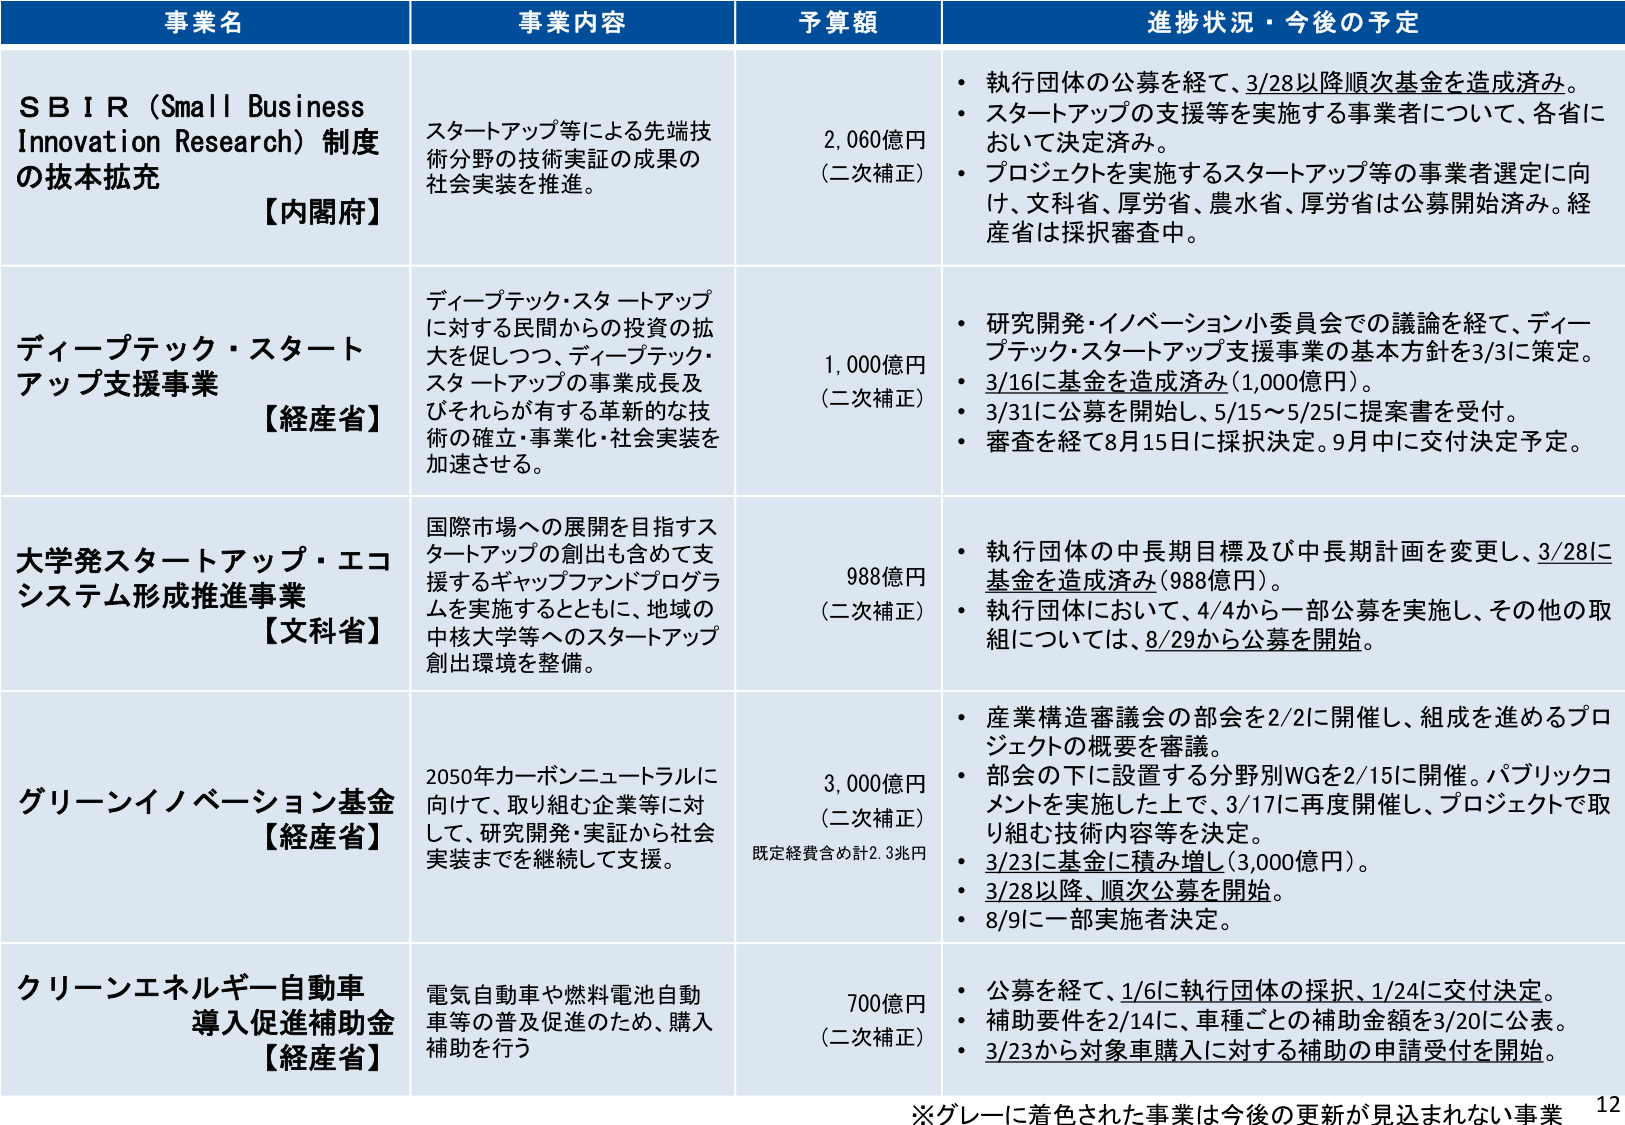
事業名 事業内容 予算額 進捗状況・今後の予定
ＳＢＩＲ（Small Business Innovation Research）制度 の抜本拡充 【内閣府】 スタートアップ等による先端技術分野の技術実証の成果の社会実装を推進。 2,060億円 （二次補正） ・執行団体の公募を経て、3/28以降順次基金を造成済み。 ・スタートアップの支援等を実施する事業者について、各省において決定済み。 ・プロジェクトを実施するスタートアップ等の事業者選定に向け、文科省、厚労省、農水省、厚労省は公募開始済み。経産省は採択審査中。
ディープテック・スタートアップ支援事業 【経産省】 ディープテック・スタートアップに対する民間からの投資の拡大を促しつつ、ディープテック・スタートアップの事業成長及びそれらが有する革新的な技術の確立・事業化・社会実装を加速させる。 1,000億円 （二次補正） ・研究開発・イノベーション小委員会での議論を経て、ディープテック・スタートアップ支援事業の基本方針を3/3に策定。 ・3/16に基⾦を造成済み（1,000億円）。 ・3/31に公募を開始し、5/15～5/25に提案書を受付。 ・審査を経て8月15日に採択決定。9月中に交付決定予定。
大学発スタートアップ・エコシステム形成推進事業 【文科省】 国際市場への展開を目指すスタートアップの創出も含めて支援するギャップファンドプログラムを実施するとともに、地域の中核大学等へのスタートアップ創出環境を整備。 988億円 （二次補正） ・執行団体の中長期目標及び中長期計画を変更し、3/28に基金を造成済み（988億円）。 ・執行団体において、4/4から一部公募を実施し、その他の取組については、8/29から公募を開始。
グリーンイノベーション基金 【経産省】 2050年カーボンニュートラルに向けて、取り組む企業等に対して、研究開発・実証から社会実装までを継続して支援。 3,000億円 （二次補正） 既定経費含め計2.3兆円 ・産業構造審議会の部会を2/2に開催し、組成を進めるプロジェクトの概要を審議。 ・部会の下に設置する分野別WGを2/15に開催。パブリックコメントを実施した上で、3/17に再度開催し、プロジェクトで取り組む技術内容等を決定。 ・3/23に基金に積み増し（3,000億円）。 ・3/28以降、順次公募を開始。 ・8/9に一部実施者決定。
クリーンエネルギー自動車導入促進補助金 【経産省】 電気自動車や燃料電池自動車等の普及促進のため、購入補助を行う 700億円 （二次補正） ・公募を経て、1/6に執行団体の採択、1/24に交付決定。 ・補助要件を2/14に、車種ごとの補助金額を3/20に公表。 ・3/23から対象車購入に対する補助の申請受付を開始。
※グレーに着色された事業は今後の更新が見込まれない事業 12